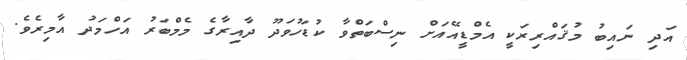
އަދި ނައިބު މުޤައްރިރަކީ އެމްޑީއޭއަށް ނިސްބަތްވާ ކުޑަހުވަދޫ ދާއިރާގެ މެމްބަރު އަހްމަދު އާމިރެވެ.